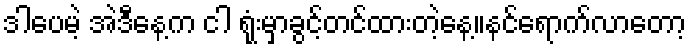
ဒါပေမဲ့ အဲဒီနေ့က ငါ ရုံးမှာခွင့်တင်ထားတဲ့နေ့။နင်ရောက်လာတော့